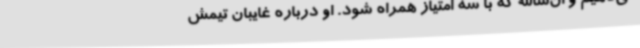
می‌دهیم و ان‌شاالله که با سه امتیاز همراه شود. او درباره غایبان تیمش